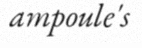
ampoule's